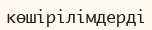
көшірілімдерді